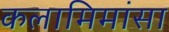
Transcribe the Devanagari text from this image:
कलामिमांसा